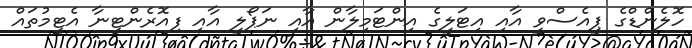
ހޮލެންޑްގެ ޕީއެސްވީ އާއި އިޓަލީގެ އިންޓަމިލާން އާއި ނަޕޯލީ އާއި ފިއޮރެންޓީނާ އެޓީމުތައް